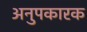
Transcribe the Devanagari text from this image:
अनुपकारक